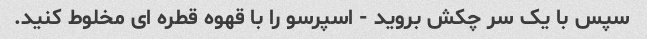
سپس با یک سر چکش بروید - اسپرسو را با قهوه قطره ای مخلوط کنید.